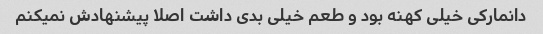
دانمارکی خیلی کهنه بود و طعم خیلی بدی داشت اصلا پیشنهادش نمیکنم